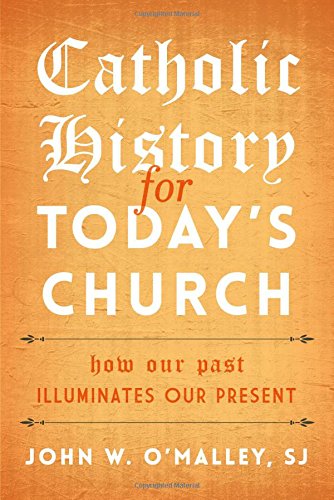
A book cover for Catholic History for Today's Church: How Our Past Illuminates Our Present; John W. O'Malley  SJ; Christian Books & Bibles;